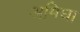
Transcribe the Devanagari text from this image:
अमिघा